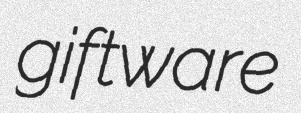
giftware